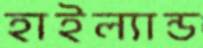
হাইল্যান্ড